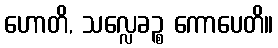
ဟောတိ, သလ္လေခဉ္စ ကောပေတိ။